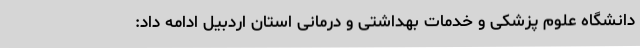
دانشگاه علوم پزشکی و خدمات بهداشتی و درمانی استان اردبیل ادامه داد: